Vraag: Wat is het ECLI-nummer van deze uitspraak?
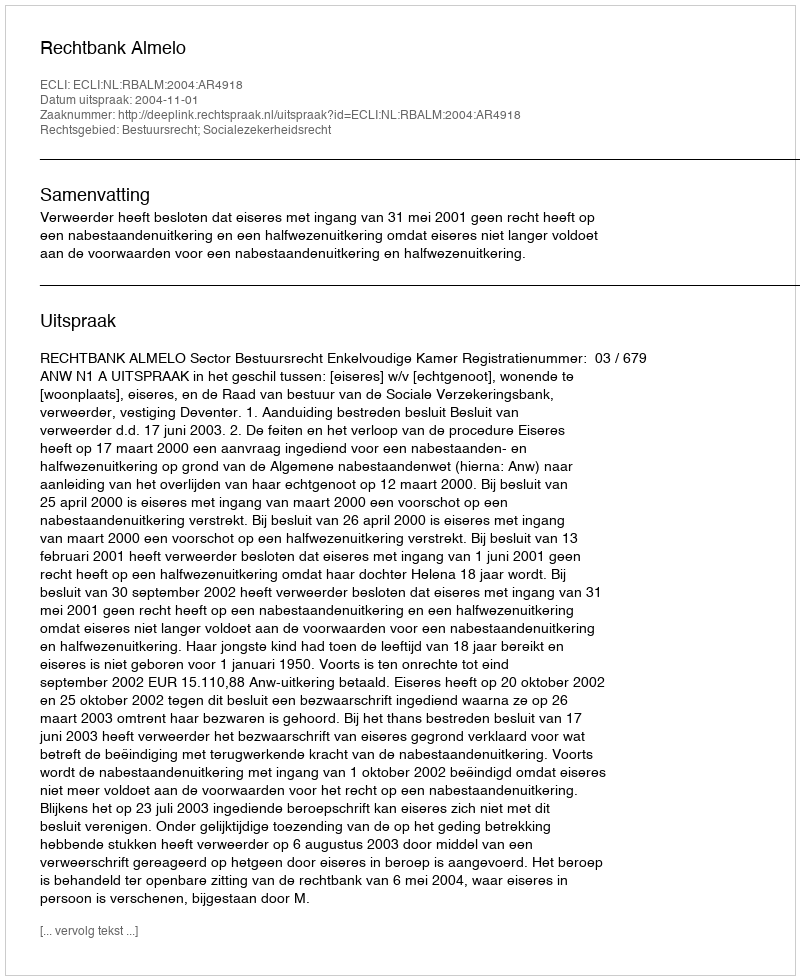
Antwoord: ECLI:NL:RBALM:2004:AR4918